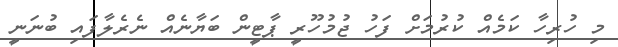
މި ހުރިހާ ކަމެއް ކުރުމަށް ފަހު ޖުމުހޫރީ ޕާޓީން ބަޔާނެއް ނެރެލާފައި ބުނަނީ